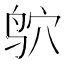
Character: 𫛣